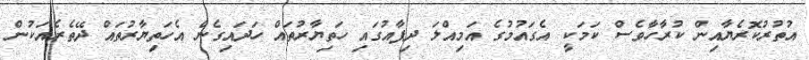
އުތުރުކޮރެޔާއިން ކުރާހާވެސް ކަމަކީ އެގައުމުގެ އަމިއްލަ ދިފާއުގައި ހަތިޔާރުތައް ހަދައިގެން އެހަތިޔާރުތައް ދޭތެރެއަކުން